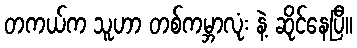
တကယ်က သူဟာ တစ်ကမ္ဘာလုံး နဲ့ ဆိုင်နေပြီ။